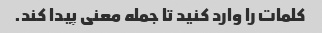
کلمات را وارد کنید تا جمله معنی پیدا کند.